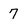
Character: 7